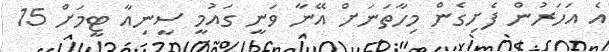
އެ އަހަރުން ފެށިގެން މިހާތަނަށް އޭނާ ވަނީ ގައުމީ ސީނިއާ ޓީމަށް 15